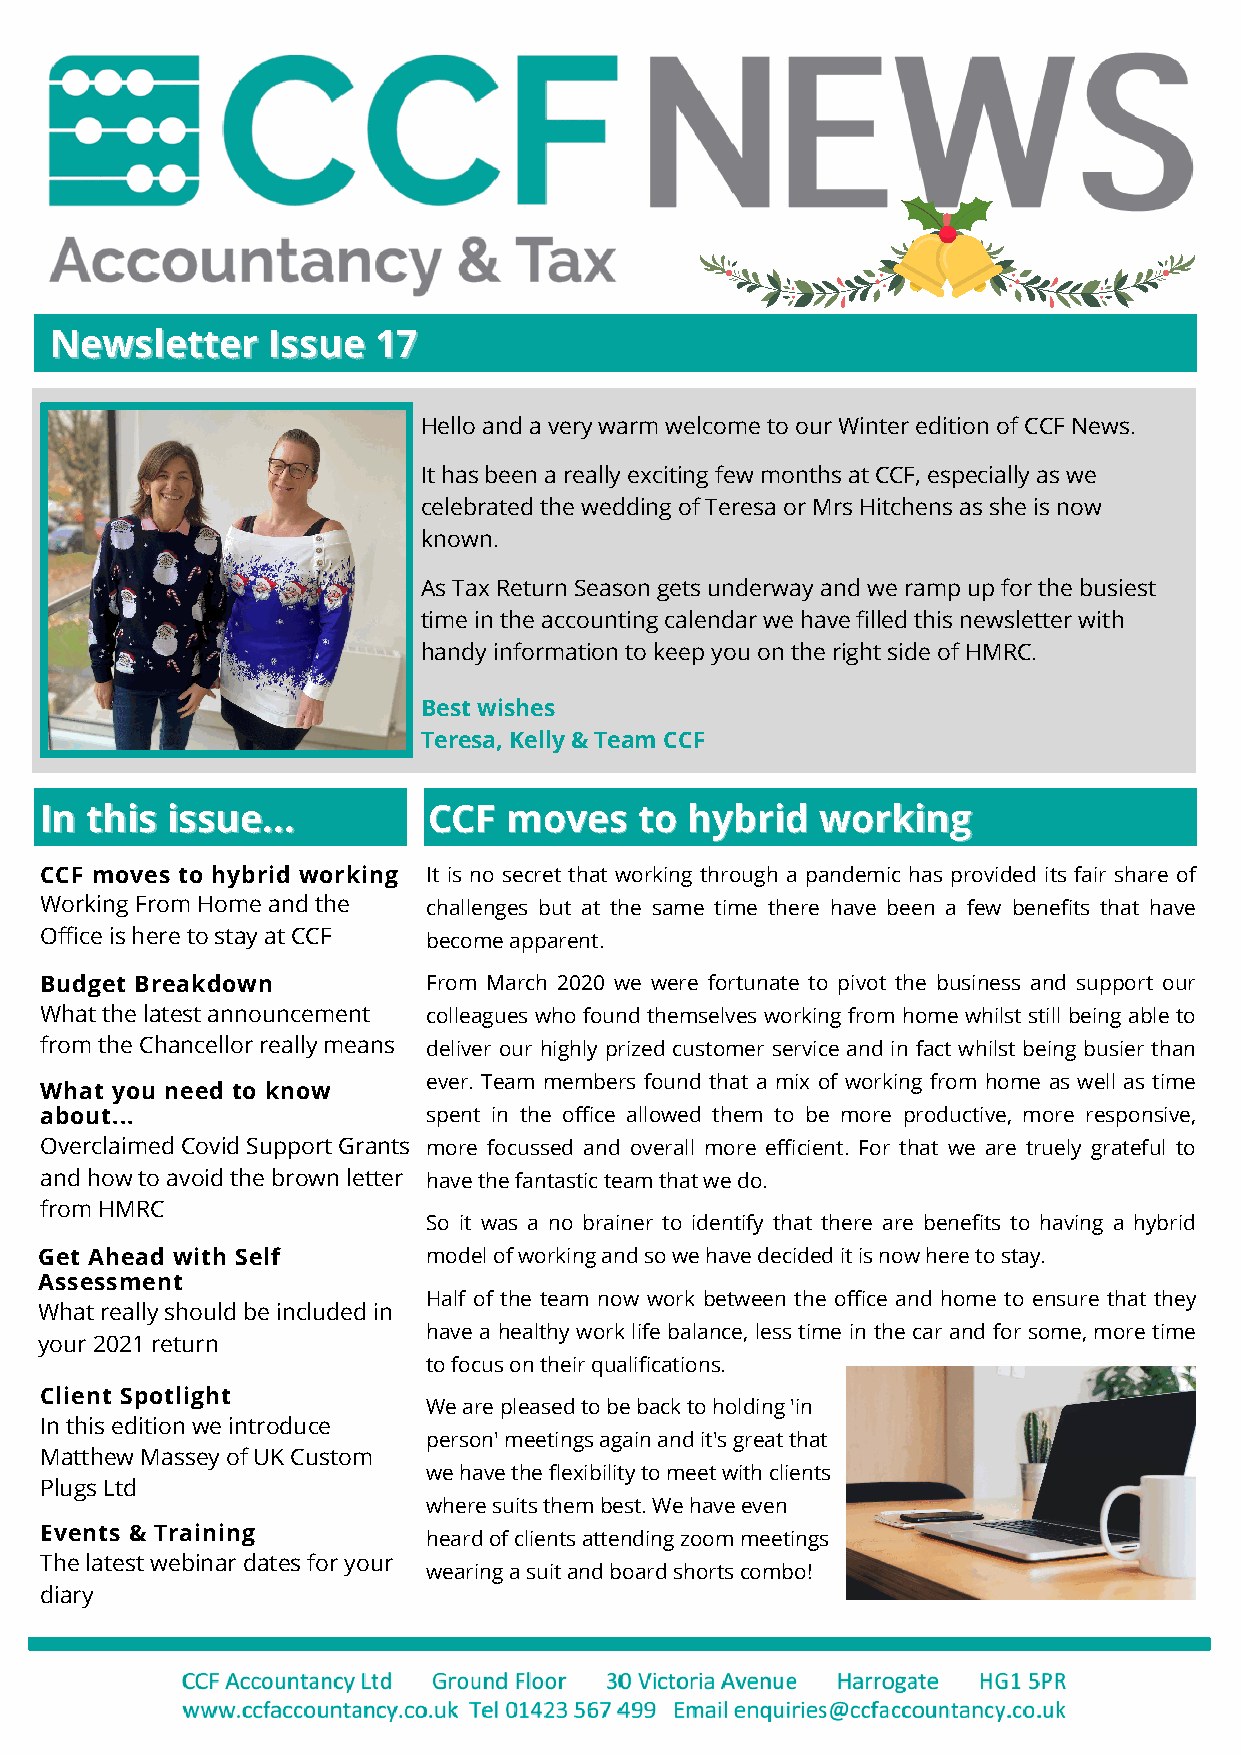
NNeewwsslleetttteerr IIssssuuee 1177
 Hello and a very warm welcome to our Winter edition of CCF News.
 It has been a really exciting few months at CCF, especially as we
 celebrated the wedding of Teresa or Mrs Hitchens as she is now
 known.
 As Tax Return Season gets underway and we ramp up for the busiest
 time in the accounting calendar we have filled this newsletter with
 handy information to keep you on the right side of HMRC.
 Best wishes
 Teresa, Kelly & Team CCF
 IInn tthhiiss iissssuuee...... CCCCFF mmoovveess ttoo hhyybbrriidd wwoorrkkiinngg
 CCF moves to hybrid working It is no secret that working through a pandemic has provided its fair share of
 Working From Home and the challenges but at the same time there have been a few benefits that have
 Office is here to stay at CCF become apparent.
 Budget Breakdown         From March 2020 we were fortunate to pivot the business and support our
 What the latest announcement colleagues who found themselves working from home whilst still being able to
 from the Chancellor really means deliver our highly prized customer service and in fact whilst being busier than
 ever. Team members found that a mix of working from home as well as time
 What you need to know
 about...                 spent in the office allowed them to be more productive, more responsive,
 Overclaimed Covid Support Grants more focussed and overall more efficient. For that we are truely grateful to
 and how to avoid the brown letter have the fantastic team that we do.
 from HMRC
 So it was a no brainer to identify that there are benefits to having a hybrid
 Get Ahead with Self      model of working and so we have decided it is now here to stay.
 Assessment
 Half of the team now work between the office and home to ensure that they
 What really should be included in
 have a healthy work life balance, less time in the car and for some, more time
 your 2021 return
 to focus on their qualifications.
 Client Spotlight
 We are pleased to be back to holding 'in
 In this edition we introduce
 person' meetings again and it's great that
 Matthew Massey of UK Custom
 we have the flexibility to meet with clients
 Plugs Ltd
 where suits them best. We have even
 Events & Training        heard of clients attending zoom meetings
 The latest webinar dates for your
 wearing a suit and board shorts combo!
 diary